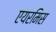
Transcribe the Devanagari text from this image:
एयरमिस